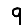
Digit: 9